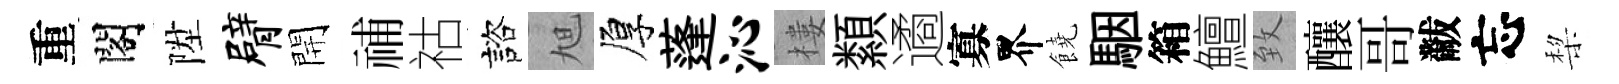
重閣陞臂開𥙷祜諮旭厚蓬沁樓纇遹寡界饒駰箱鱣致釀哥黻忘棃